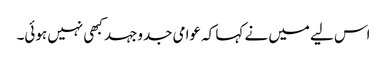
اس لیے میں نے کہا کہ عوامی جدوجہد کبھی نہیں ہوئی۔